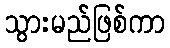
သွားမည်ဖြစ်ကာ